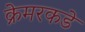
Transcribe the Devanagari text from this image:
क्रेमरकडे